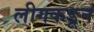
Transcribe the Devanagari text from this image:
लीगकडून